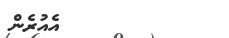
٥٩         އެއުރެން